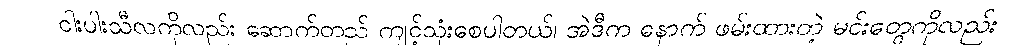
ငါးပါးသီလကိုလည်း ဆောက်တည် ကျင့်သုံးစေပါတယ်၊ အဲဒီက နောက် ဖမ်းထားတဲ့ မင်းတွေကိုလည်း